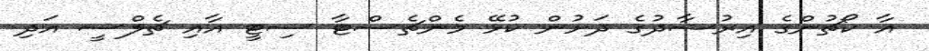
އާ ކޯޗުންގެ އިރުޝާދުގެ ދަށުން ކުޅޭ މެންޗެސްޓާ ސިޓީ އާއި ޗެލްސީ އަދި